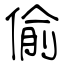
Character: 偷